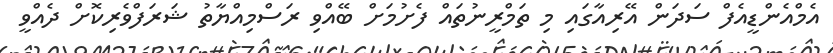
އެމްއެންޑީއެފް ސަދަން އޭރިއާގައި މި ތަމްރީނުތައް ފެށުމަށް ބޭއްވި ރަސްމިއްޔާތު ޝަރަފްވެރިކޮށް ދެއްވީ